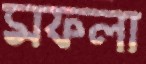
মফলা